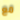
مع